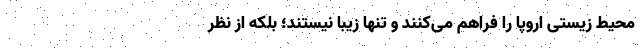
محیط زیستی اروپا را فراهم می‌کنند و تنها زیبا نیستند؛ بلکه از نظر